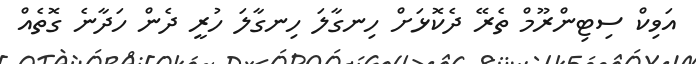
އަވިކް ސިޓިންރޫމް ތެރޭ ދެކޮޅަށް ހިނގާލަ ހިނގާލަ ހުރީ ދެން ހަދާނެ ގޮތެއް